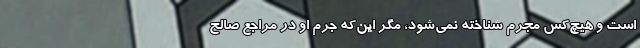
است و هیچ‌کس مجرم شناخته نمی‌شود، مگر این‌که جرم او در مراجع صالح